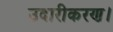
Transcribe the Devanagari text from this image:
उदारीकरण।